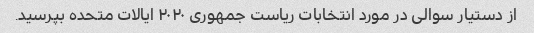
از دستیار سوالی در مورد انتخابات ریاست جمهوری ۲۰۲۰ ایالات متحده بپرسید.